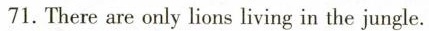
71. There are only lions living in the jungle.